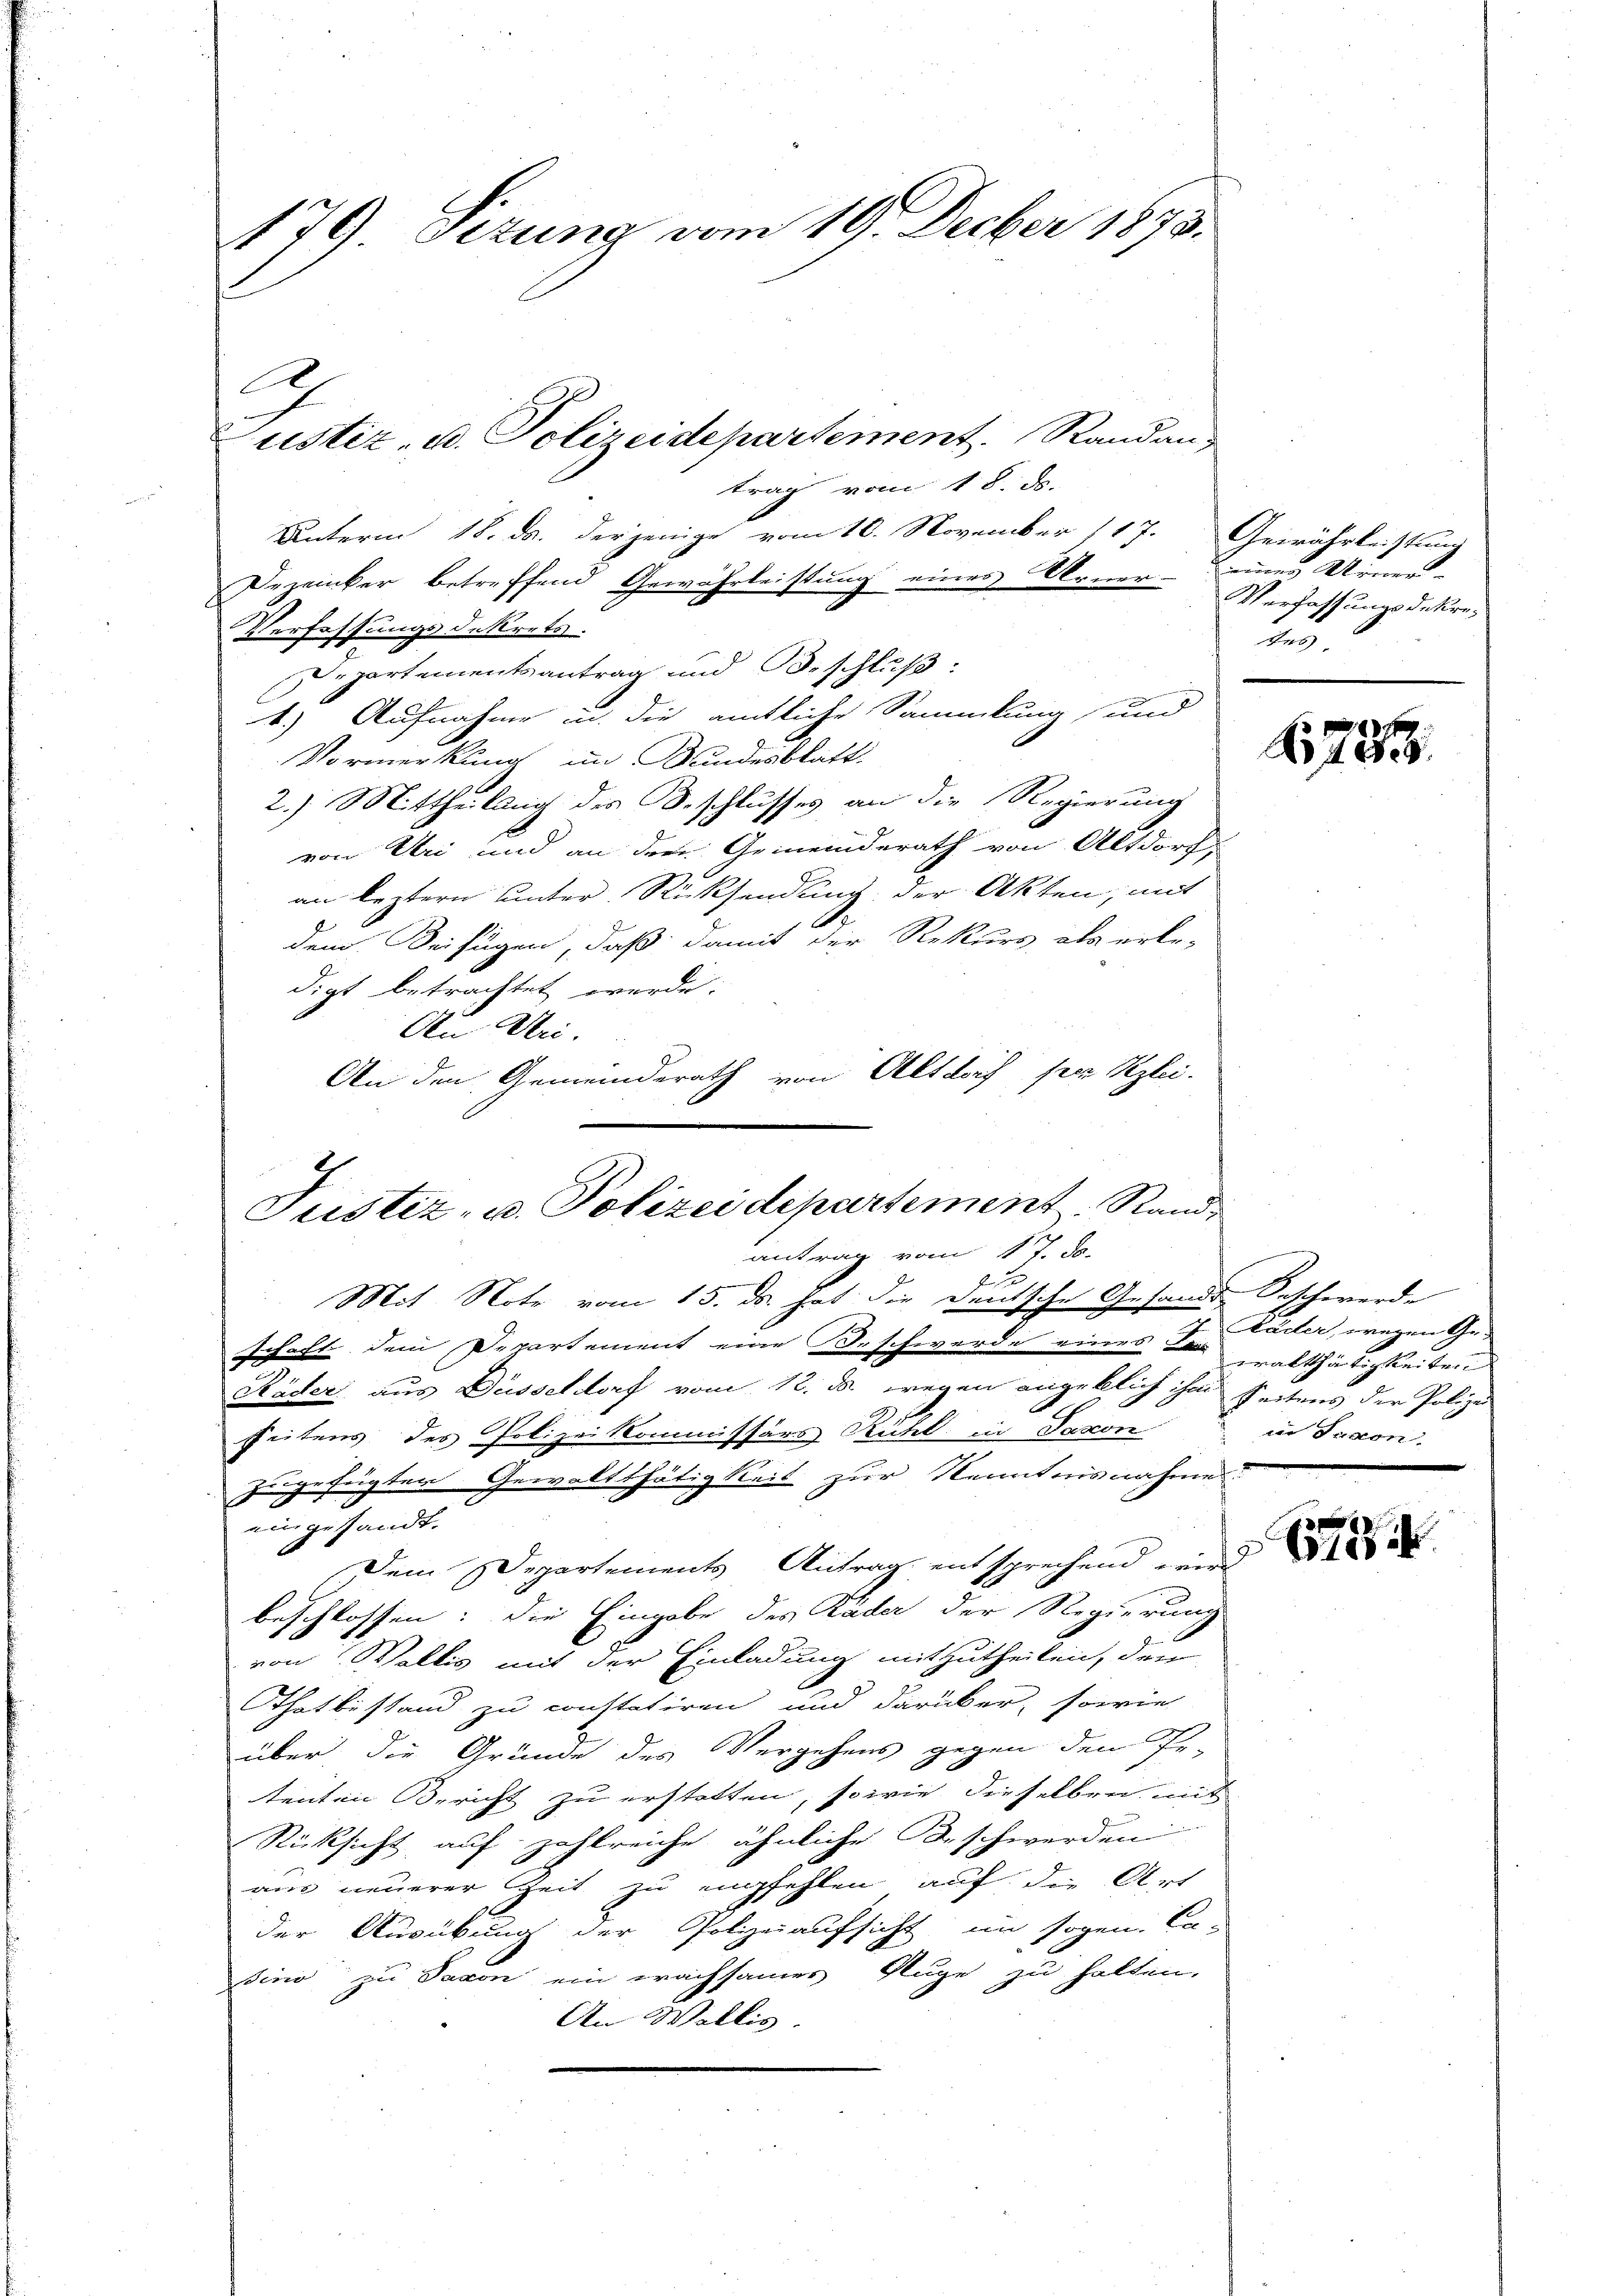
179) Sitzung vom 19. Decber 1873.

trag vom 18. ds.
Unterm 18. ds. derjenige vom 16. November 187. Gewährleistung
Dezwinker betreffend Gewährleistung eines Berner Verfassungsdekre¬
Verfassungsdekrets.
Departementsantrag und Beschluß:
4.) Aufnahme in die amtliche Sammlung und
Vormerkung im Bundesblatt
2.) Mittheilung des Beschlusses an die Regierung
von Uri und an drei Gemeinderath von Altdorf,
an leztern unter Rücksendung der Akten, mit
dem Beifügen, daß damit der Rekurs als erle-
digt betrachtet werde.
An Uri.
An den Gemeinderath von Altdorf sein Rzlei-
antrag vom 17. ds.

Mit Note vom 15. ds. hat die deutsche Gesandt, Beschwerde
schaft dem Departement eine Beschwerde eines Dr. Fuder, wegen Ge¬
Räder aus Düsseldorf vom 12. ds. wegen angeblich ihm seitens der Polize
seitens des Polizeikommissärs Rühl in Saxon
zugefügten Gewaltthätigkeit zur Kenntnisnahme.
ein gesandt.
Dem Departements Antrag entsprechend wird
beschlossen: die Eingabe des Päder der Regierung
von Wallis mit der Einladung mitzutheilen, den
Thatbestand zu constatiren und darüber, sowie
über die Gründe des Vergehens gegen den Er-
tenten Bericht zu erstatten, sowie dieselben mit
Rücksicht auf zahlreiche ähnliche Beschwerden
aus neuerer Zeit zu empfehlen, auf die Art
der Ausübung der Polizeiaufsicht im sogen. Ca-
sino zu Saxon ein wachsames Auge zu halten.
An Wallis.

t

Justiz- u. Polizeidepartement. Randan

1
Justiz- u. Polizeidepartement. Rand

Leiner Miner
des

B723.

walthätigkeiten
in Saxon.

72